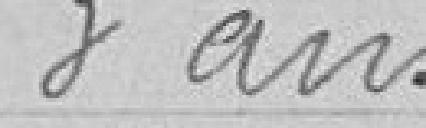
3 ans